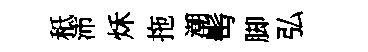
秪沛秌拖潮髩脚弘